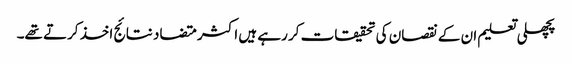
پچھلی تعلیم ان کے نقصان کی تحقیقات کر رہے ہیں اکثر متضاد نتائج اخذ کرتے تھے۔